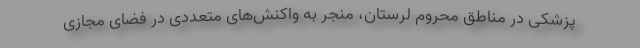
پزشکی در مناطق محروم لرستان، منجر به واکنش‌های متعددی در فضای مجازی